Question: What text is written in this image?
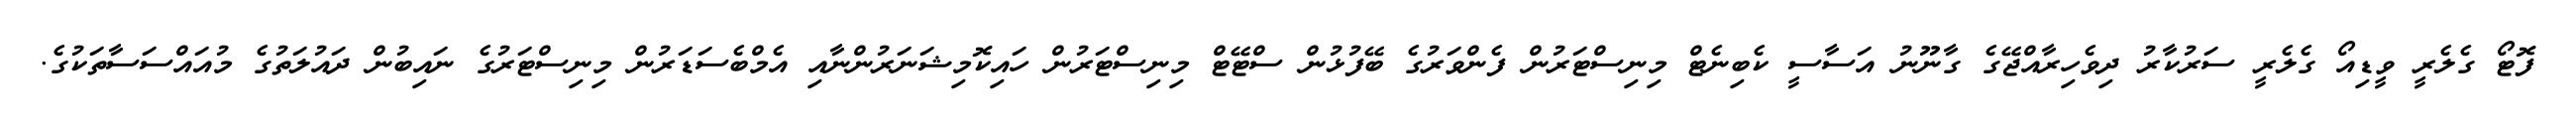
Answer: ފޮޓޯ ގެލެރީ ވީޑިއޯ ގެލެރީ ސަރުކާރު ދިވެހިރާއްޖޭގެ ގާނޫނު އަސާސީ ކެބިނެޓް މިނިސްޓަރުން ފެންވަރުގެ ބޭފުޅުން ސްޓޭޓް މިނިސްޓަރުން ހައިކޮމިޝަނަރުންނާއި އެމްބެސަޑަރުން މިނިސްޓަރުގެ ނައިބުން ދައުލަތުގެ މުއައްސަސާތަކުގެ.